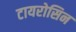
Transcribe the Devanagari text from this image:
टायरोसिन